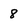
Character: 8